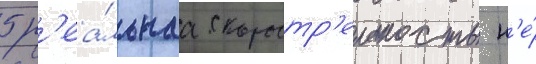
5 р'еа́льнаа скоростр'ельность н'е́